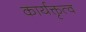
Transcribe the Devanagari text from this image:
कार्यक्तृत्व